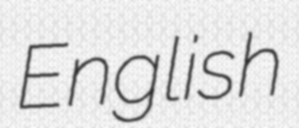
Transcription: English